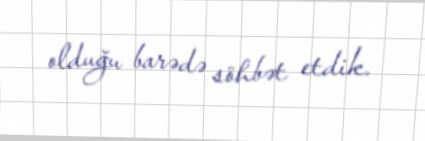
olduğu barədə söhbət etdik.